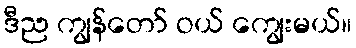
ဒီည ကျွန်တော် ဝယ် ကျွေးမယ်။